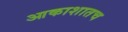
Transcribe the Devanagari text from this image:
आकाशातच